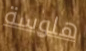
هلوسة